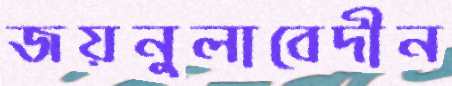
জয়নুলাবেদীন